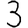
Digit: 3